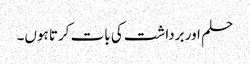
حلم اور برداشت کی بات کرتا ہوں۔